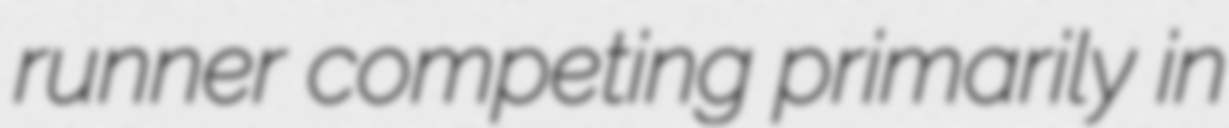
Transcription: runner competing primarily in